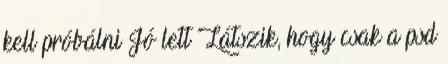
kell próbálni Jó lett Látszik, hogy csak a psd